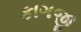
કાગજી